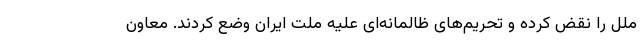
ملل را نقض کرده و تحریم‌های ظالمانه‌ای علیه ملت ایران وضع کردند. معاون